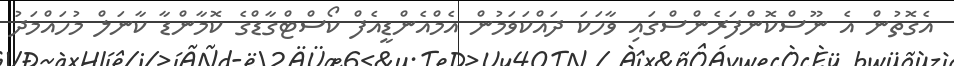
އެގޮތުން އެ ނޫސްކޮންފަރެންސްގައި ވާހަކަ ދައްކަވަމުން އެމްއެންޑީއެފް ކޯސްޓްގާޑްގެ ކޮމާންޑާ ކާނަލް މުހައްމަދު